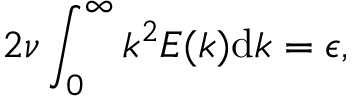
2 \nu \int _ { 0 } ^ { \infty } k ^ { 2 } E ( k ) \mathrm { d } k = \epsilon ,